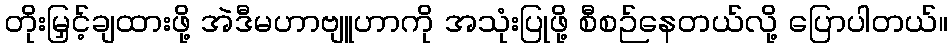
တိုးမြှင့်ချထားဖို့ အဲဒီမဟာဗျူဟာကို အသုံးပြုဖို့ စီစဉ်နေတယ်လို့ ပြောပါတယ်။